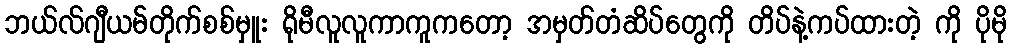
ဘယ်လ်ဂျီယမ်တိုက်စစ်မှူး ရိုမီလူလူကာကူကတော့ အမှတ်တံဆိပ်တွေကို တိပ်နဲ့ကပ်ထားတဲ့ ကို ပိုမို